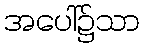
အပေါ်၌သာ